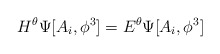
\begin{align*}H^{\theta} \Psi [A_i,\phi^3]=E^{\theta} \Psi[A_i,\phi^3]\end{align*}